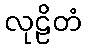
လုဠိတံ